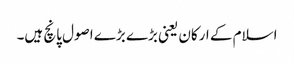
اسلام کے ارکان یعنی بڑے بڑے اصول پانچ ہیں۔